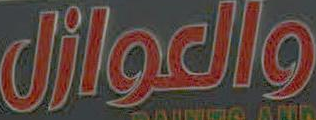
والعوازل